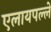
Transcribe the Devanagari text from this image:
एलायपल्ले